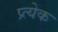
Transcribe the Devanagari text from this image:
प्र्त्येक